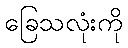
ခြေသလုံးကို